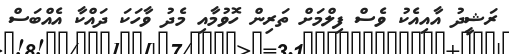
ރަޝީދު އާއިއެކު ވެސް ފިލްމަށް ތަރިން ހޮވުމާއި މެދު ވާހަކަ ދައްކާ އެއްބަސް